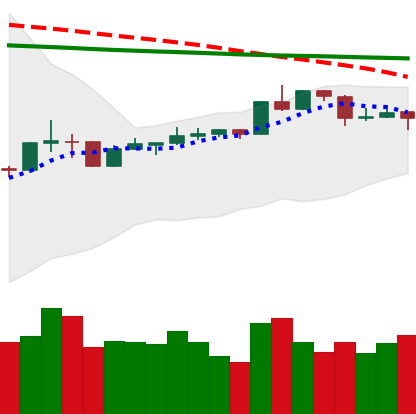
Ticker: XRP-USD
Chart end date: 2020-04-13
Forward return: 3.832%
Label: up_3_5